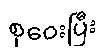
စုဝေးပြီး